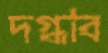
দগ্ধাব